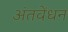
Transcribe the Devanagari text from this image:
अंतवेंधन